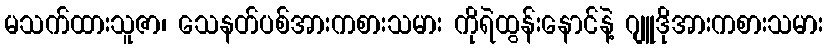
မသက်ထားသူဇာ၊ သေနတ်ပစ်အားကစားသမား ကိုရဲထွန်းနောင်နဲ့ ဂျူဒိုအားကစားသမား